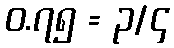
၀.၇၅ = ၃/၄